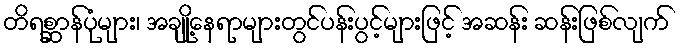
တိရစ္ဆာန်ပုံများ၊ အချို့နေရာများတွင်ပန်းပွင့်များဖြင့် အဆန်း ဆန်းဖြစ်လျက်